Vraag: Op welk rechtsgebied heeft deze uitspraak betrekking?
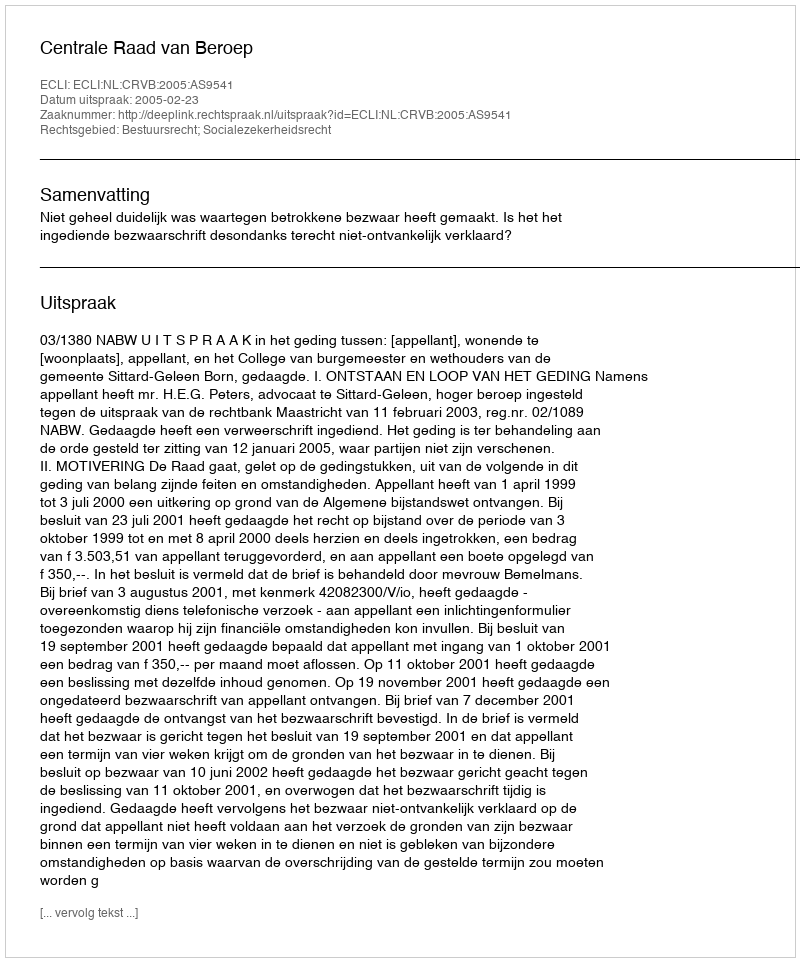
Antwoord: Bestuursrecht; Socialezekerheidsrecht